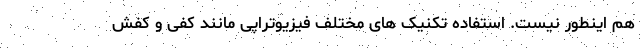
هم اینطور نیست. استفاده تکنیک های مختلف فیزیوتراپی مانند کفی و کفش